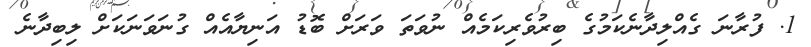
1. ފުރާނަ ގެއްލިދާނެކަމުގެ ބިރުވެރިކަމެއް ނުވަތަ ވަރަށް ބޮޑު އަނިޔާއެއް ގުނަވަނަކަށް ލިބިދާނެ